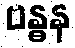
ဗန္ဓန